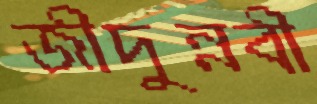
জীদুন্নবী